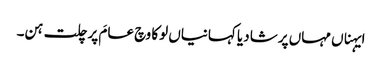
ایہناں مہاں پرشا دیا کہانیاں لوکا وچ عامَ پرچلت ہن۔